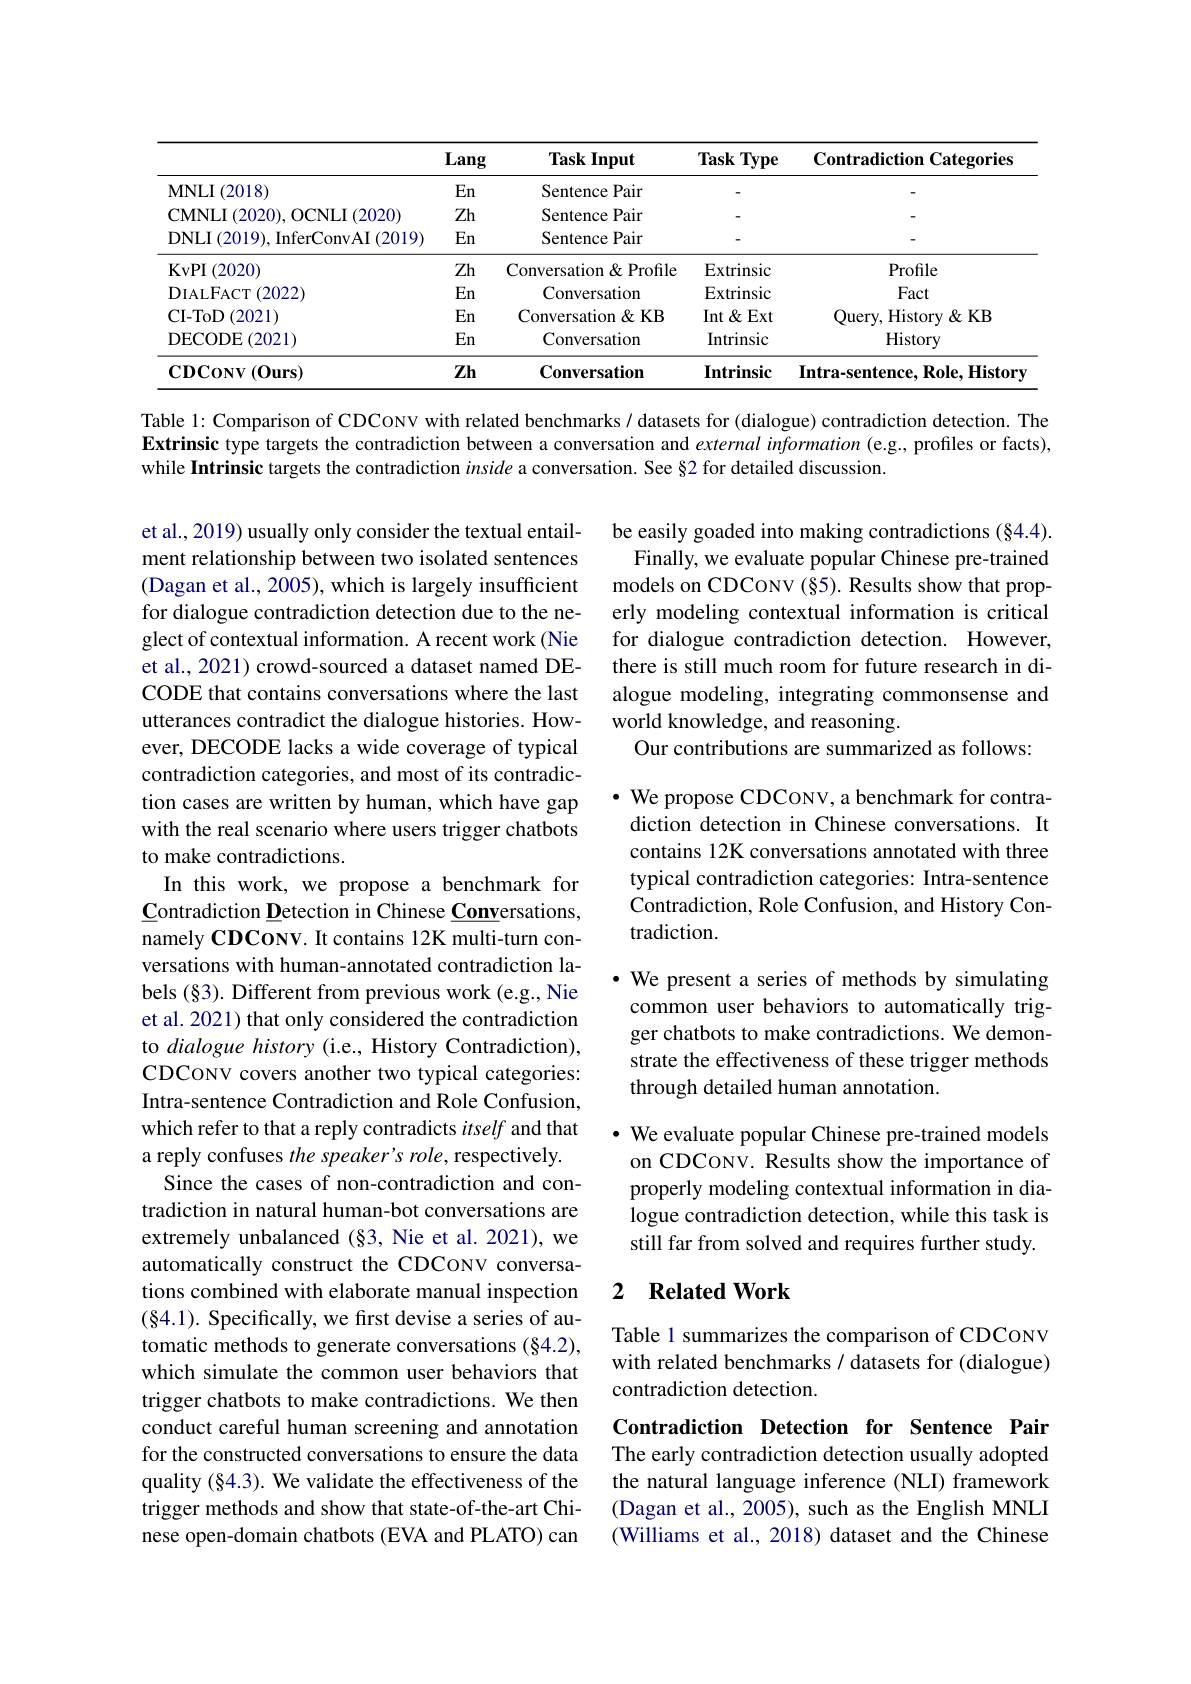
<table>
	<tbody>
		<tr>
			<th> </th>
			<th>Lang</th>
			<th>Task Input</th>
			<th>Task Type 1 1</th>
			<th>Contradiction Categories</th>
		</tr>
		<tr>
			<td>$\mathbf{MNLI}$ $\operatorname{I}\left(2018\right)$</td>
			<td>En</td>
			<td>Sentence Pair</td>
			<td> </td>
			<td> </td>
		</tr>
		<tr>
			<td>CMNLI (2020),OCNLI (2020)</td>
			<td>Zh</td>
			<td>Sentence Pair</td>
			<td> </td>
			<td> </td>
		</tr>
		<tr>
			<td>DNLI (2019),InferConvAI(2019)</td>
			<td>$En$</td>
			<td>Sentence Pair</td>
			<td> </td>
			<td> </td>
		</tr>
		<tr>
			<td>KvPI ( 2020) </td>
			<td>Zh</td>
			<td>Conversation& Profile</td>
			<td>Extrinsic</td>
			<td>Profile</td>
		</tr>
		<tr>
			<td>DIALFACT(2022)</td>
			<td>En</td>
			<td>Conversation</td>
			<td>Extrinsic</td>
			<td>Fact</td>
		</tr>
		<tr>
			<td>$)\left(2021\right)$ CI- ToD</td>
			<td>$En$</td>
			<td>Conversation & KB</td>
			<td>Int &Ext</td>
			<td>Query, History & KB</td>
		</tr>
		<tr>
			<td>DECODE$\left ( 2021\right )$</td>
			<td>En</td>
			<td>Conversation</td>
			<td>Intrinsic</td>
			<td>History</td>
		</tr>
		<tr>
			<td>$\mathbf{CDCONV}(\mathbf{Ours})$</td>
			<td>$Zh$</td>
			<td>Conversation</td>
			<td>Intrinsic</td>
			<td>Intra-sentence, Role, History</td>
		</tr>
	</tbody>
</table>

Table l: Comparison of CDCoNV with related benchmarks / datasets for (dialogue) contradiction detection. The Extrinsic type targets the contradiction between a conversation and external information (e.g., profiles or facts), while Intrinsic targets the contradiction inside a conversation. See §2 for detailed discussion.

be easily goaded into making contradictions (§4.4). Finally, we evaluate popular Chinese pre-trained
models on CDCONV (§5). Results show that properly modeling contextual information is critical for dialogue contradiction detection. However, there is still much room for future research in dialogue modeling, integrating commonsense and world knowledge, and reasoning.
Our contributions are summarized as follows:

$\bullet$ We propose CDCONV, a benchmark for contradiction detection in Chinese conversations. It contains 12K conversations annotated with three typical contradiction categories: Intra-sentence Contradiction, Role Confusion, and History Contradiction.

·We present a series of methods by simulating common user behaviors to automatically trigger chatbots to make contradictions. We demonstrate the effectiveness of these trigger methods through detailed human annotation.

et al., 2019) usually only consider the textual entailment relationship between two isolated sentences (Dagan et al., 2005), which is largely insufficient for dialogue contradiction detection due to the neglect of contextual information. A recent work (Nie et al., 2021) crowd-sourced a dataset named DECODE that contains conversations where the last utterances contradict the dialogue histories. However, DECODE lacks a wide coverage of typical contradiction categories, and most of its contradiction cases are written by human, which have gap with the real scenario where users trigger chatbots to make contradictions.
In this work, we propose a benchmark for $\underline{\mathbf{C}}$ontradiction Detection in Chinese Conversations, namely CDCONV. It contains 12K multi-turn conversations with human-annotated contradiction labels (§3). Different from previous work (e.g., Nie et al. 2021) that only considered the contradiction to dialogue history (i.e., History Contradiction), CDCONV covers another two typical categories: Intra-sentence Contradiction and Role Confusion, which refer to that a reply contradicts itself and that a reply confuses the speaker's role, respectively.
Since the cases of non-contradiction and contradiction in natural human-bot conversations are extremely unbalanced (§3, Nie et al. 2021), we automatically construct the CDCONV conversations combined with elaborate manual inspection (84.1). Specifically, we first devise a series of automatic methods to generate conversations (§4.2), which simulate the common user behaviors that trigger chatbots to make contradictions. We then conduct careful human screening and annotation for the constructed conversations to ensure the data quality (§4.3). We validate the effectiveness of the trigger methods and show that state-of-the-art Chinese open-domain chatbots (EVA and PLATO) can

· We evaluate popular Chinese pre-trained models
on CDCONV. Results show the importance of properly modeling contextual information in dialogue contradiction detection, while this task is still far from solved and requires further study.

### 2 $\textbf{Related Work}$

Table 1 summarizes the comparison of CDCONV with related benchmarks / datasets for (dialogue) contradiction detection.

Contradiction Detection for Sentence Pair The early contradiction detection usually adopted the natural language inference (NLI) framework (Dagan et al., 2005), such as the English MNLI (Williams et al., 2018) dataset and the Chinese